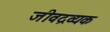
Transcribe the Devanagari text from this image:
जीवद्रव्यक